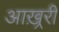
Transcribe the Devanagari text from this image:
आख़्ररी